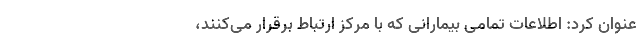
عنوان کرد: اطلاعات تمامی بیمارانی که با مرکز ارتباط برقرار می‌کنند،